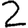
Digit: 2